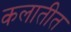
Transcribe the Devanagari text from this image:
कलातीत